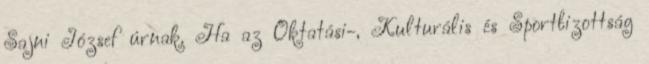
Sajni József úrnak. Ha az Oktatási-, Kulturális és Sportbizottság